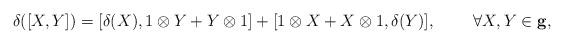
LaTeX: \begin{align*}\delta ([X,Y])=[\delta (X),1\otimes Y+Y\otimes 1]+[1\otimes X+X\otimes 1,\delta(Y)],\;\;\;\;\;\;\;\;\forall X,Y\in \bf g,\end{align*}